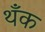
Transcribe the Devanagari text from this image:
थँक